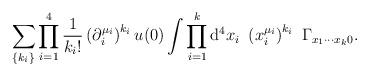
LaTeX: \begin{align*}\sum_{\{k_{i}\}}\prod_{i=1}^{4}\frac{1}{k_{i}!}\left( \partial _{i}^{\mu_{i}}\right) ^{k_{i}}u(0)\int \prod_{i=1}^{k}{\rm d}^{4}x_{i}~\left(x_{i}^{\mu _{i}}\right) ^{k_{i}}~\Gamma _{x_{1}\cdots x_{k}0}.\end{align*}